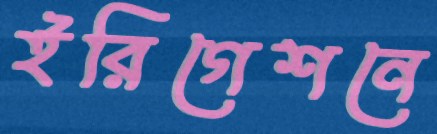
ইরিগেশনে